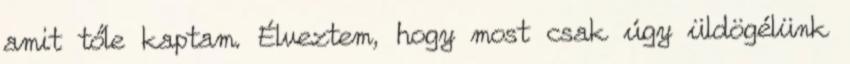
amit tőle kaptam. Élveztem, hogy most csak úgy üldögélünk